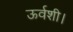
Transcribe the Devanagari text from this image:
ऊर्वशी।